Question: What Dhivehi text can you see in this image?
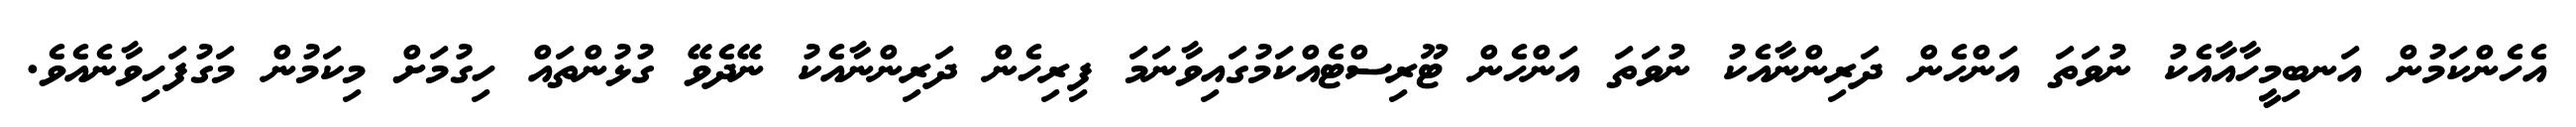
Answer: އެހެންކަމުން އަނބިމީހާއާއެކު ނުވަތަ އަންހެން ދަރިންނާއެކު ނުވަތަ އަންހެން ޓޫރިސްޓެއްކަމުގައިވާނަމަ ފިރިހެން ދަރިންނާއެކު ނޭދެވޭ ގުޅުންތައް ހިގުމަށް މިކަމުން މަގުފަހިވާނެއެވެ.